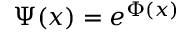
\Psi ( x ) = e ^ { \Phi ( x ) }